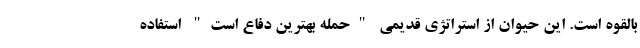
بالقوه است. این حیوان از استراتژی قدیمی "حمله بهترین دفاع است" استفاده